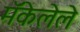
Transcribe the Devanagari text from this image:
मॅकेलेले